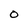
Character: O